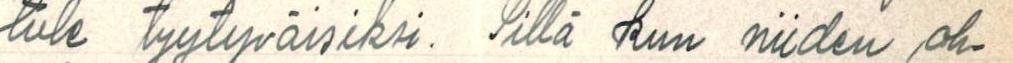
tule tyytyväisiksi. Sillä kun niiden oh-